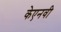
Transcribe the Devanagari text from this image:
केएनवी